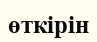
өткірін